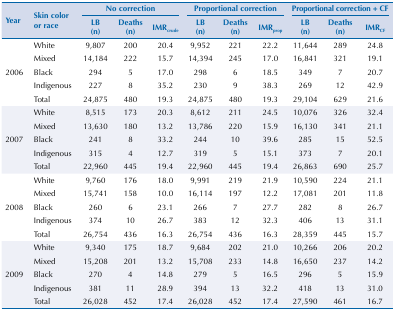
<table><thead><tr><td rowspan="3"><b>Year</b></td><td rowspan="3"><b>Skin color or race</b></td><td colspan="3"><b>No correction</b></td><td colspan="3"><b>Proportional correction</b></td><td colspan="3"><b>Proportional correction + CF</b></td></tr><tr><td><b>LB (n)</b></td><td><b>Deaths (n)</b></td><td><b>IMR<sub>crude</sub></b></td><td><b>LB (n)</b></td><td><b>Deaths (n)</b></td><td><b>IMR<sub>prop</sub></b></td><td><b>LB (n)</b></td><td><b>Deaths (n)</b></td><td><b>IMR<sub>CF</sub></b></td></tr></thead><tbody><tr><td rowspan="5">2006</td><td>White</td><td>9,807</td><td>200</td><td>20.4</td><td>9,952</td><td>221</td><td>22.2</td><td>11,644</td><td>289</td><td>24.8</td></tr><tr><td>Mixed</td><td>14,184</td><td>222</td><td>15.7</td><td>14,394</td><td>245</td><td>17.0</td><td>16,841</td><td>321</td><td>19.1</td></tr><tr><td>Black</td><td>294</td><td>5</td><td>17.0</td><td>298</td><td>6</td><td>18.5</td><td>349</td><td>7</td><td>20.7</td></tr><tr><td>Indigenous</td><td>227</td><td>8</td><td>35.2</td><td>230</td><td>9</td><td>38.3</td><td>269</td><td>12</td><td>42.9</td></tr><tr><td>Total</td><td>24,875</td><td>480</td><td>19.3</td><td>24,875</td><td>480</td><td>19.3</td><td>29,104</td><td>629</td><td>21.6</td></tr><tr><td rowspan="5">2007</td><td>White</td><td>8,515</td><td>173</td><td>20.3</td><td>8,612</td><td>211</td><td>24.5</td><td>10,076</td><td>326</td><td>32.4</td></tr><tr><td>Mixed</td><td>13,630</td><td>180</td><td>13.2</td><td>13,786</td><td>220</td><td>15.9</td><td>16,130</td><td>341</td><td>21.1</td></tr><tr><td>Black</td><td>241</td><td>8</td><td>33.2</td><td>244</td><td>10</td><td>39.6</td><td>285</td><td>15</td><td>52.5</td></tr><tr><td>Indigenous</td><td>315</td><td>4</td><td>12.7</td><td>319</td><td>5</td><td>15.1</td><td>373</td><td>7</td><td>20.1</td></tr><tr><td>Total</td><td>22,960</td><td>445</td><td>19.4</td><td>22,960</td><td>445</td><td>19.4</td><td>26,863</td><td>690</td><td>25.7</td></tr><tr><td rowspan="5">2008</td><td>White</td><td>9,760</td><td>176</td><td>18.0</td><td>9,991</td><td>219</td><td>21.9</td><td>10,590</td><td>224</td><td>21.1</td></tr><tr><td>Mixed</td><td>15,741</td><td>158</td><td>10.0</td><td>16,114</td><td>197</td><td>12.2</td><td>17,081</td><td>201</td><td>11.8</td></tr><tr><td>Black</td><td>260</td><td>6</td><td>23.1</td><td>266</td><td>7</td><td>27.7</td><td>282</td><td>8</td><td>26.7</td></tr><tr><td>Indigenous</td><td>374</td><td>10</td><td>26.7</td><td>383</td><td>12</td><td>32.3</td><td>406</td><td>13</td><td>31.1</td></tr><tr><td>Total</td><td>26,754</td><td>436</td><td>16.3</td><td>26,754</td><td>436</td><td>16.3</td><td>28,359</td><td>445</td><td>15.7</td></tr><tr><td rowspan="5">2009</td><td>White</td><td>9,340</td><td>175</td><td>18.7</td><td>9,684</td><td>202</td><td>21.0</td><td>10,266</td><td>206</td><td>20.2</td></tr><tr><td>Mixed</td><td>15,208</td><td>201</td><td>13.2</td><td>15,708</td><td>233</td><td>14.8</td><td>16,650</td><td>237</td><td>14.2</td></tr><tr><td>Black</td><td>270</td><td>4</td><td>14.8</td><td>279</td><td>5</td><td>16.5</td><td>296</td><td>5</td><td>15.9</td></tr><tr><td>Indigenous</td><td>381</td><td>11</td><td>28.9</td><td>394</td><td>13</td><td>32.2</td><td>418</td><td>13</td><td>31.0</td></tr><tr><td>Total</td><td>26,028</td><td>452</td><td>17.4</td><td>26,028</td><td>452</td><td>17.4</td><td>27,590</td><td>461</td><td>16.7</td></tr></tbody></table>